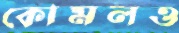
কোমলও